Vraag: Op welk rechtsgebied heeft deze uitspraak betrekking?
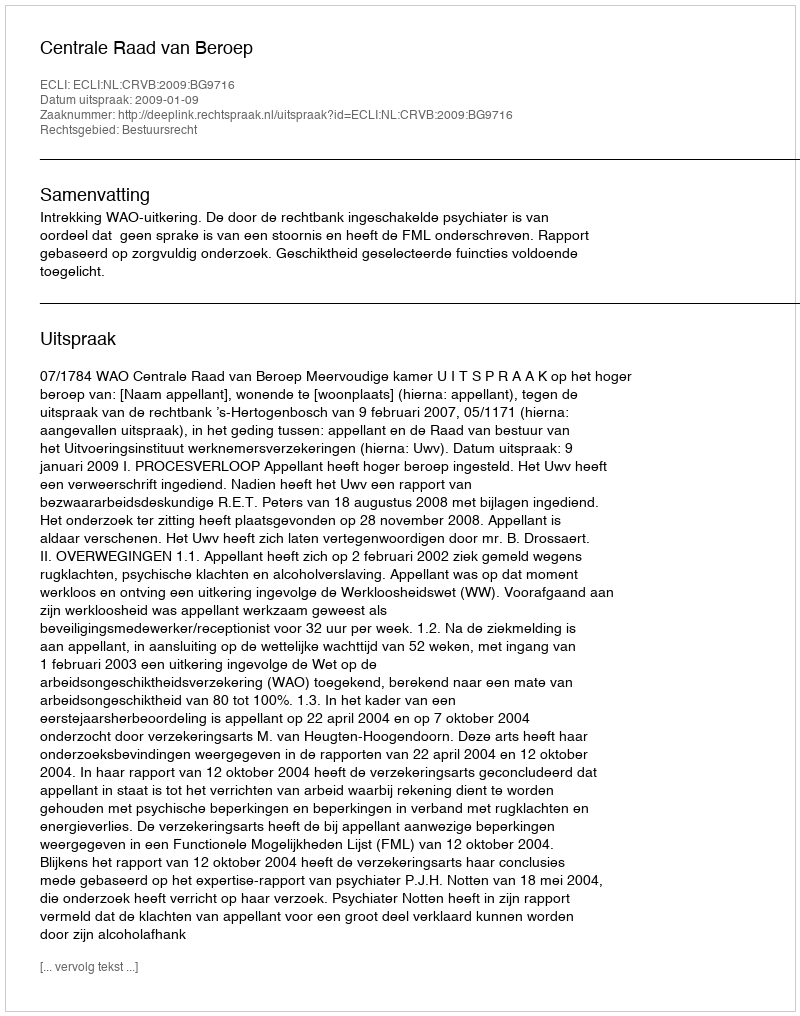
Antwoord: Bestuursrecht